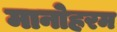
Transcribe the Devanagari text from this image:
मानोहरम